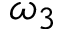
\omega _ { 3 }